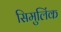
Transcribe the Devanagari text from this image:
सिमुलिंक